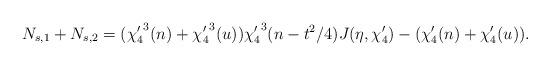
LaTeX: \begin{align*}N_{s,1}+N_{s,2}=({\chi_4'}^3(n)+{\chi_4'}^3(u)){\chi_4'}^3(n-t^2/4)J(\eta,\chi_4')-(\chi_4'(n)+\chi_4'(u)). \end{align*}